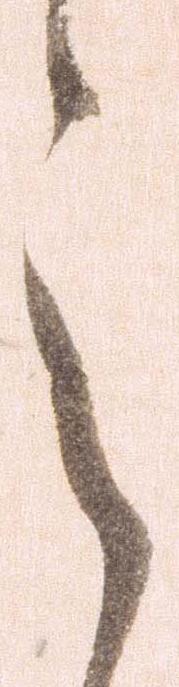
之